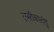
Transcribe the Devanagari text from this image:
लसीकातंतु